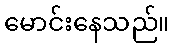
မောင်းနေသည်။